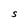
Character: S